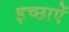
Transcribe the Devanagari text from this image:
इच्छाऐं